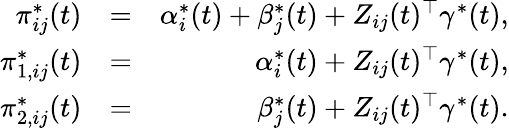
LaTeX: \begin{array}{rlr}{\pi_{ij}^{*}(t)}&{=}&{\alpha_{i}^{*}(t)+\beta_{j}^{*}(t)+Z_{ij}(t)^{\top}\gamma^{*}(t),}\\ {\pi_{1,ij}^{*}(t)}&{=}&{\alpha_{i}^{*}(t)+Z_{ij}(t)^{\top}\gamma^{*}(t),}\\ {\pi_{2,ij}^{*}(t)}&{=}&{\beta_{j}^{*}(t)+Z_{ij}(t)^{\top}\gamma^{*}(t).}\end{array}